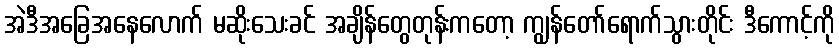
အဲဒီအခြေအနေလောက် မဆိုးသေးခင် အချိန်တွေတုန်းကတော့ ကျွန်တော်ရောက်သွားတိုင်း ဒီကောင့်ကို